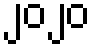
၂၀၂၀